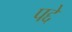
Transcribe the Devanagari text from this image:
पद्दे